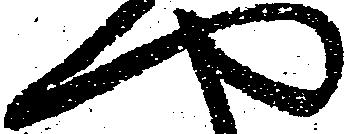
や